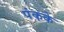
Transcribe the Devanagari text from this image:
पंकके